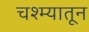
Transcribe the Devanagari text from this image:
चश्म्यातून